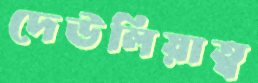
দেউলিয়াত্ব